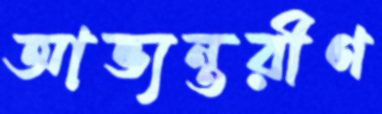
আভ্যন্তরীণ